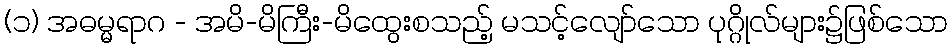
(၁) အဓမ္မရာဂ - အမိ-မိကြီး-မိထွေးစသည့် မသင့်လျော်သော ပုဂ္ဂိုလ်များ၌ဖြစ်သော